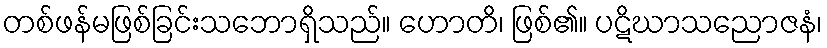
တစ်ဖန်မဖြစ်ခြင်းသဘောရှိသည်။ ဟောတိ၊ ဖြစ်၏။ ပဋိဃာသညောဇနံ၊